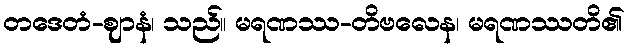
တဒေတံ-ဈာနံ၊ သည်။ မရဏဿ-တိဗလေန၊ မရဏဿတိ၏